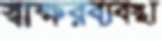
স্বাক্ষরব্যবস্থা